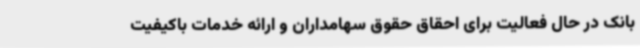
بانک در حال فعالیت برای احقاق حقوق سهامداران و ارائه خدمات باکیفیت